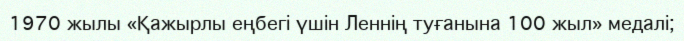
1970 жылы «Қажырлы еңбегі үшін Леннің туғанына 100 жыл» медалі;